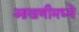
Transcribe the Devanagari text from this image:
आखणीमध्ये